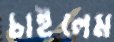
চাইলেম